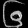
Digit: ၆